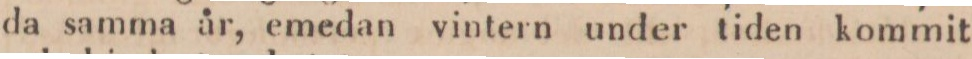
da samma år, emedan vintern under tiden kommit